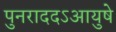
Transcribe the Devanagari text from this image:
पुनराददऽआयुषे